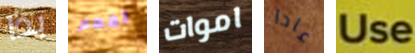
بدا لفهم اموات عادا Use